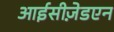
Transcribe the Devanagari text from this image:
आईसीज़ेडएन